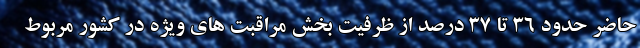
حاضر حدود 36 تا 37 درصد از ظرفیت بخش مراقبت های ویژه در کشور مربوط